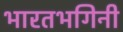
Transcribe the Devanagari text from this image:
भारतभगिनी